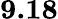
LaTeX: \textbf{9.18}